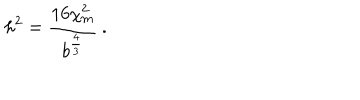
LaTeX: h ^ { 2 } = \frac { 1 6 \chi _ { \mathrm { m } } ^ { 2 } } { b ^ { \frac 4 3 } } \: .